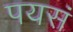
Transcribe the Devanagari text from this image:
पयसं